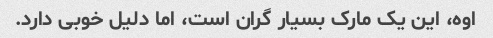
اوه، این یک مارک بسیار گران است، اما دلیل خوبی دارد.